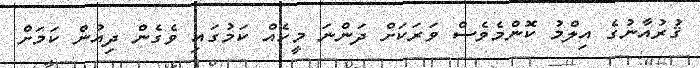
ޤުރުއާނުގެ އިލްމު ކޮންމެވެސް ވަރަކަށް ދަންނަ މީހެއް ކަމުގައި ވެގެން ދިއުން ކަމަށް